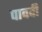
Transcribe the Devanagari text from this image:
पाववी